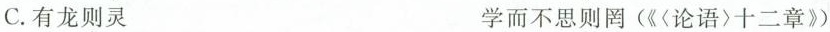
C.有龙则灵 学而不思则罔(《〈论语〉十二章》